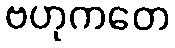
ဗဟုကတေ